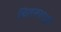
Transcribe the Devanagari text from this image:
चितसभाई